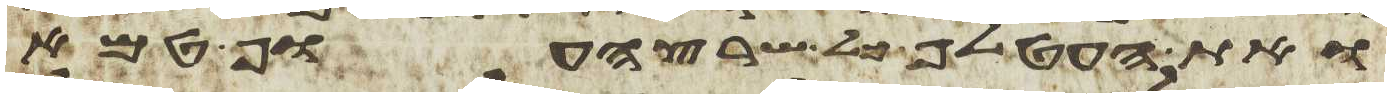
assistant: ואת העטלף כל שרץ העוף טמא